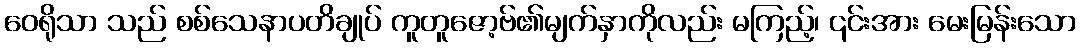
ဝေရိုသာ သည် စစ်သေနာပတိချုပ် ကူတူဇော့ဗ်၏မျက်နှာကိုလည်း မကြည့်၊ ၎င်းအား မေးမြန်းသော